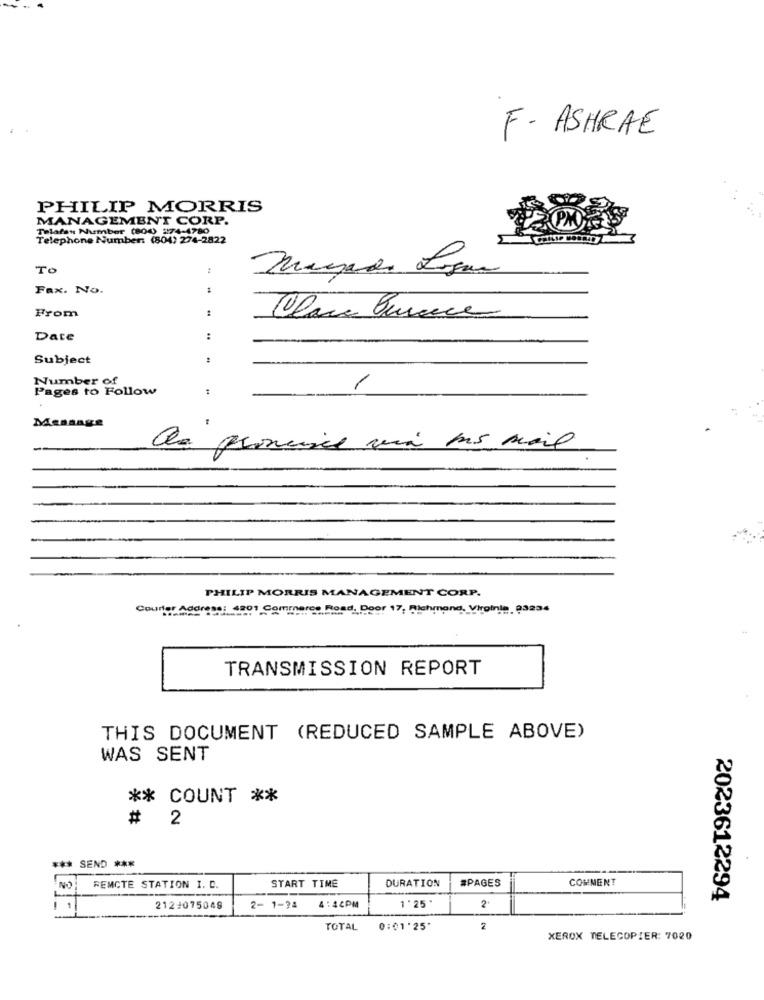
F- ASHRAE
PHILIP MORRIS
MANAGEMENT CORP.
Telafss Number (800) 274-4780
Telephone Number: (804) 274-2822
Te
:
Fax. No.
From
Claro Quece
Date
:
Subject
1
/
Pages to Follow
Message
Que promise via ms sail
PHILIP MORRIS MANAGEMENT CORP.
Counter Address: 4801 Commerce Hond. 089
d. Door 17, Richmond, Virginia 03234
TRANSMISSION REPORT
THIS DOCUMENT (REDUCED SAMPLE ABOVE)
WAS SENT
** COUNT **
# 2
*** SEND ***
REMCTE STATION I. C.
START TIME
DURATION
#PAGES
COMMENT
1'25'
2023612294
2124075048
2- 1-34
4:44PM
2
31 -1
TOTAL
0:01'25
2
XEROX TELECOPIER: 7020